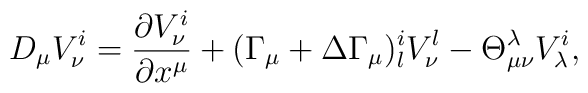
D_{\mu}V_{\nu}^{i} = \frac{\partial V_{\nu}^{i}}{\partial x^{\mu}} + (\Gamma_{\mu} +      \Delta\Gamma_{\mu })_{l}^{i} V_{\nu}^{l}      -\Theta_{\mu\nu}^{\lambda}V_{\lambda}^{i},